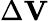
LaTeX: \Delta{\mathbf V}